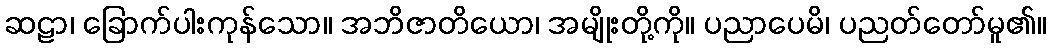
ဆဠာ၊ ခြောက်ပါးကုန်သော။ အဘိဇာတိယော၊ အမျိုးတို့ကို။ ပညာပေမိ၊ ပညတ်တော်မူ၏။